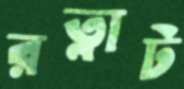
রত্নাট